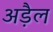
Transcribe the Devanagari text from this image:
अड़ैल